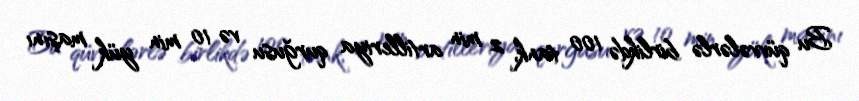
Bu qüvvələrlə birlikdə 100 tank, 2 min artilleriya qurğusu və 10 min yük maşını